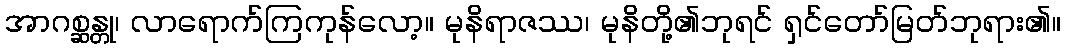
အာဂစ္ဆန္တု၊ လာရောက်ကြကုန်လော့။ မုနိရာဇဿ၊ မုနိတို့၏ဘုရင် ရှင်တော်မြတ်ဘုရား၏။